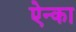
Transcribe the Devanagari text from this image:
ऐन्का